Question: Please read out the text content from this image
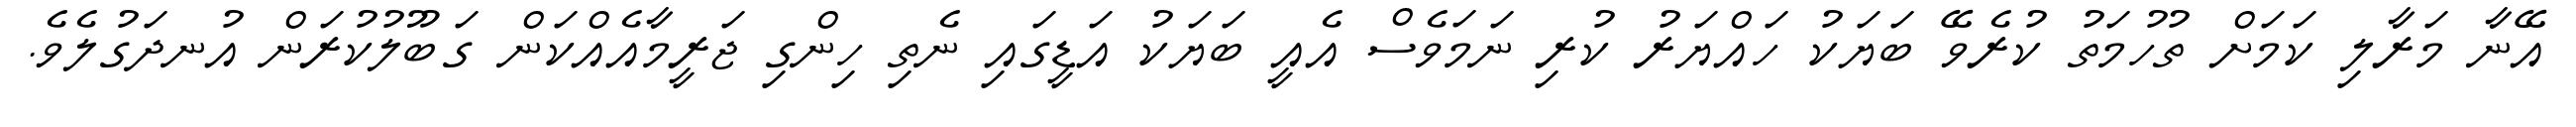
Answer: އޭނާ މަރާލި ކަމަށް ތުހުމަތު ކުރެވޭ ބަޔަކު ހައްޔަރު ކުރި ނަމަވެސް އެއީ ބަޔަކު އަޑީގައި ނެތި ހިންގި ޖަރީމާއެއްކަން ގަބޫލުކުރަން އުނދަގުލެވެ.